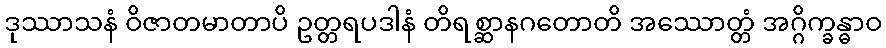
ဒုဿာသနံ ဝိဇာတမာတာပိ ဥတ္တရပဒါနံ တိရစ္ဆာနဂတောတိ အဿောတ္တံ အဂ္ဂိက္ခန္ဓာဝ